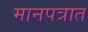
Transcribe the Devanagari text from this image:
मानपत्रात